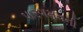
પારગમનની